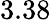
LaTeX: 3.38